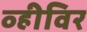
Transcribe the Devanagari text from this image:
व्हीविर